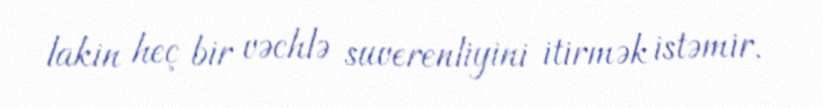
lakin heç bir vəchlə suverenliyini itirmək istəmir.